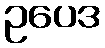
ဥပေဒ